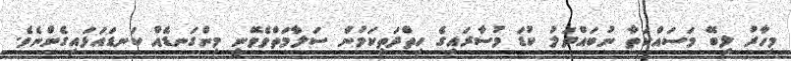
މިހާރު ލިބޭ މަސައްކަތާ ނުބައްދަލު ކުޑަ މުސާރައިގެ ހިތްދަތިކަމުން ސަލާމަތްވެވޭނީ މިންގަނޑެއް ކަނޑައަޅައިގެންނެވެ.